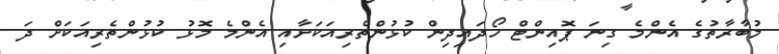
މުބާރާތުގެ އެންމެ ގިނަ ޕޮއިންޓް ހޯދައިދިން ކުޅުންތެރިއަކަށާއި އެންމެ މޮޅު ކުޅުންތެރިއަކަށް ދަ